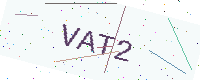
Text: VAT2